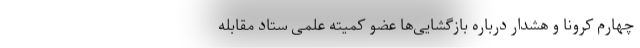
چهارم کرونا و هشدار درباره بازگشایی‌ها عضو کمیته علمی ستاد مقابله